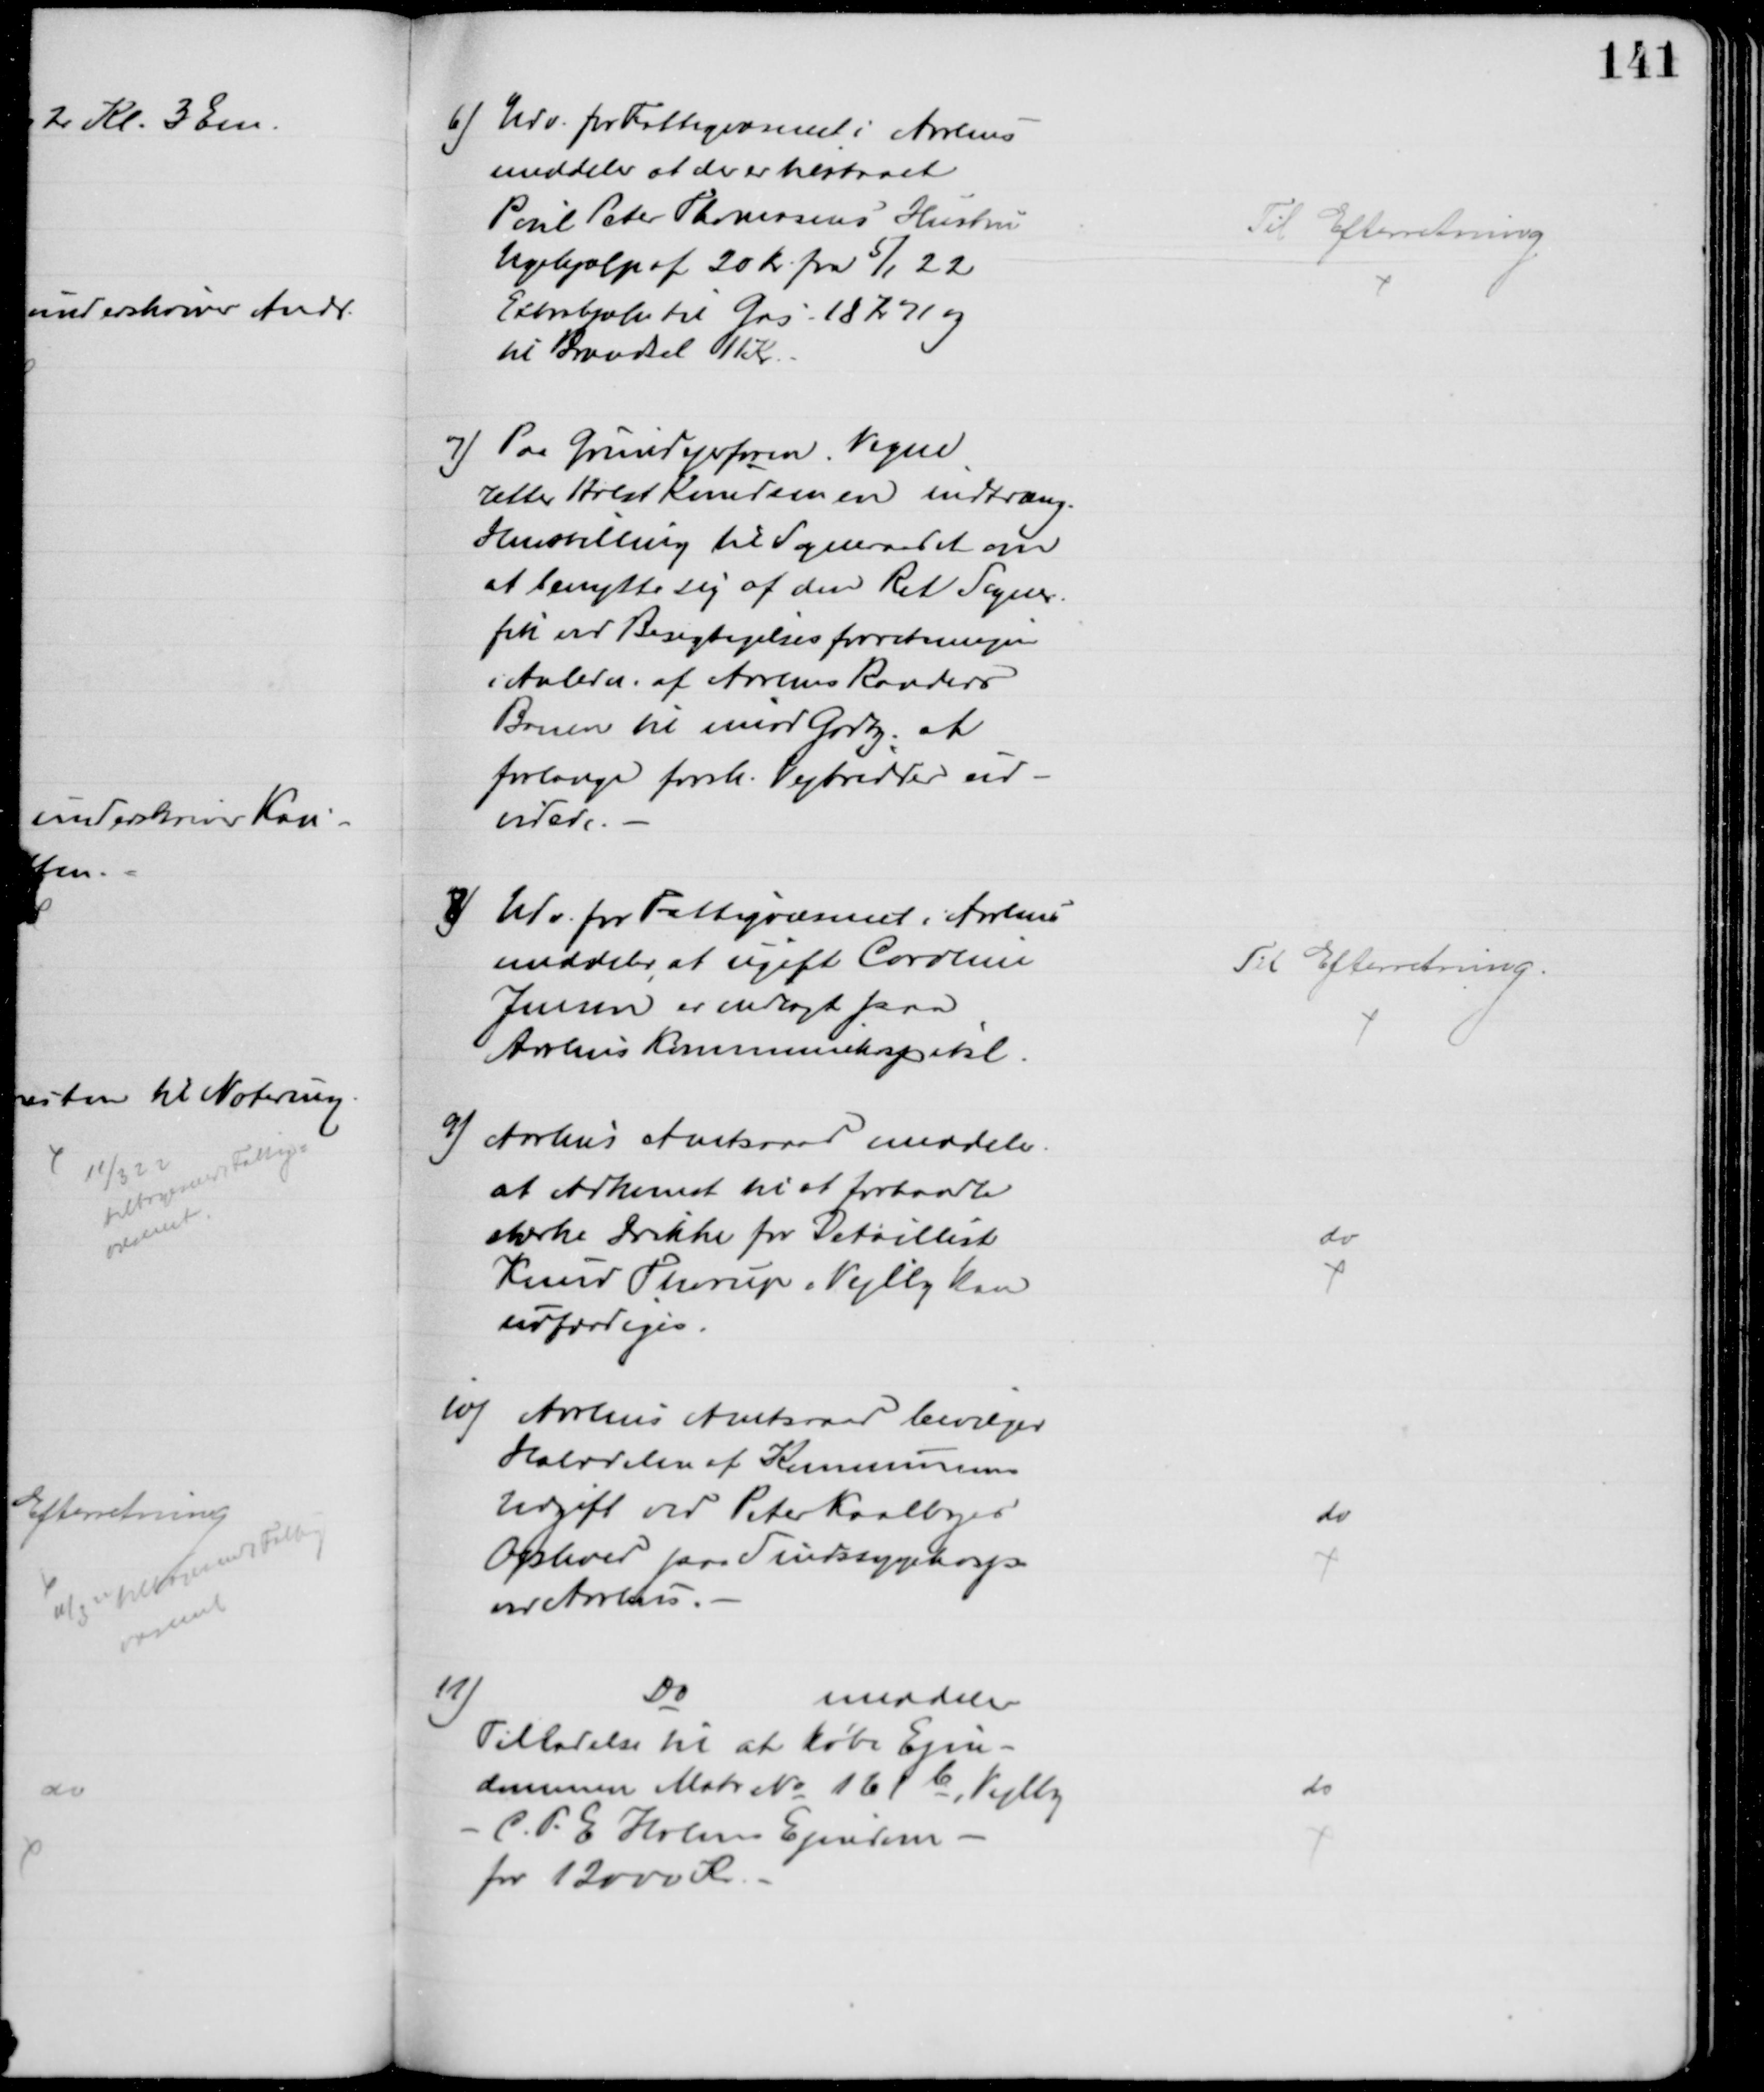
Transskription:
6) Udv. for Fattigvæsenet i Aarhus
meddeler at der er tilstaaet
Poul Peter Thomsens Hustru
Ugehjælp af 20 Kr fra 5/1 22
Extrahjælp til Gas 18 Kr 71 og
til Brændsel 11 Kr.
Til Efterretning
7) Paa Grundejerforen. Vegne
retter Holst Knudsen en indtræng.
Henstilling til Sogneraadet om
at benytte sig af den Ret Sogner.
fik ved Besigtigelsesforretningen
i Anledn. af Aarhus Randers
Banen til imod Godtg, at
forlange forsk. Vejbredder ud-
videde.
8) Udv. for Fattigvæsenet i Aarhus
meddeler, at ugift Caroline
Jensen er indlagt paa
Aarhus Kommunehospital.
Til Efterretning.
9) Aarhus Amtsraad meddeler
at Adkomst til at forhandle
stærke Drikke for Detaillist
Knud Thorup i Vejlby kan
udfærdiges.
do
10) Aarhus Amtsraad bevilger
Halvdelen af Kommunens
Udgift ved Peter Kaalbyes
Ophold paa Sindssygehosp
ved Aarhus.
do
11)
Do
meddeler
Tilladelse til at købe Ejen-
dommen Matr № 161b, Vejlby
C. P. E. Holms Ejendom.
for 12000 Kr.
do